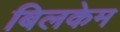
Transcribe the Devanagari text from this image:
बिलकेम